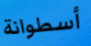
أسطوانة